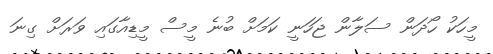
މީހަކު ހޯދަން ސަލާން ޖަހަނީ ކަމަށް ބުނެ މީސް މީޑިއާގައި ވަރަށް ގިނަ